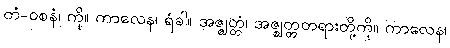
တံ-ဝစနံ၊ ကို။ ကာလေန၊ ရံခါ။ အဇ္ဈတ္တံ၊ အဇ္ဈတ္တတရားတို့ကို။ ကာလေန၊